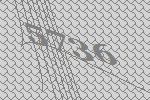
5736